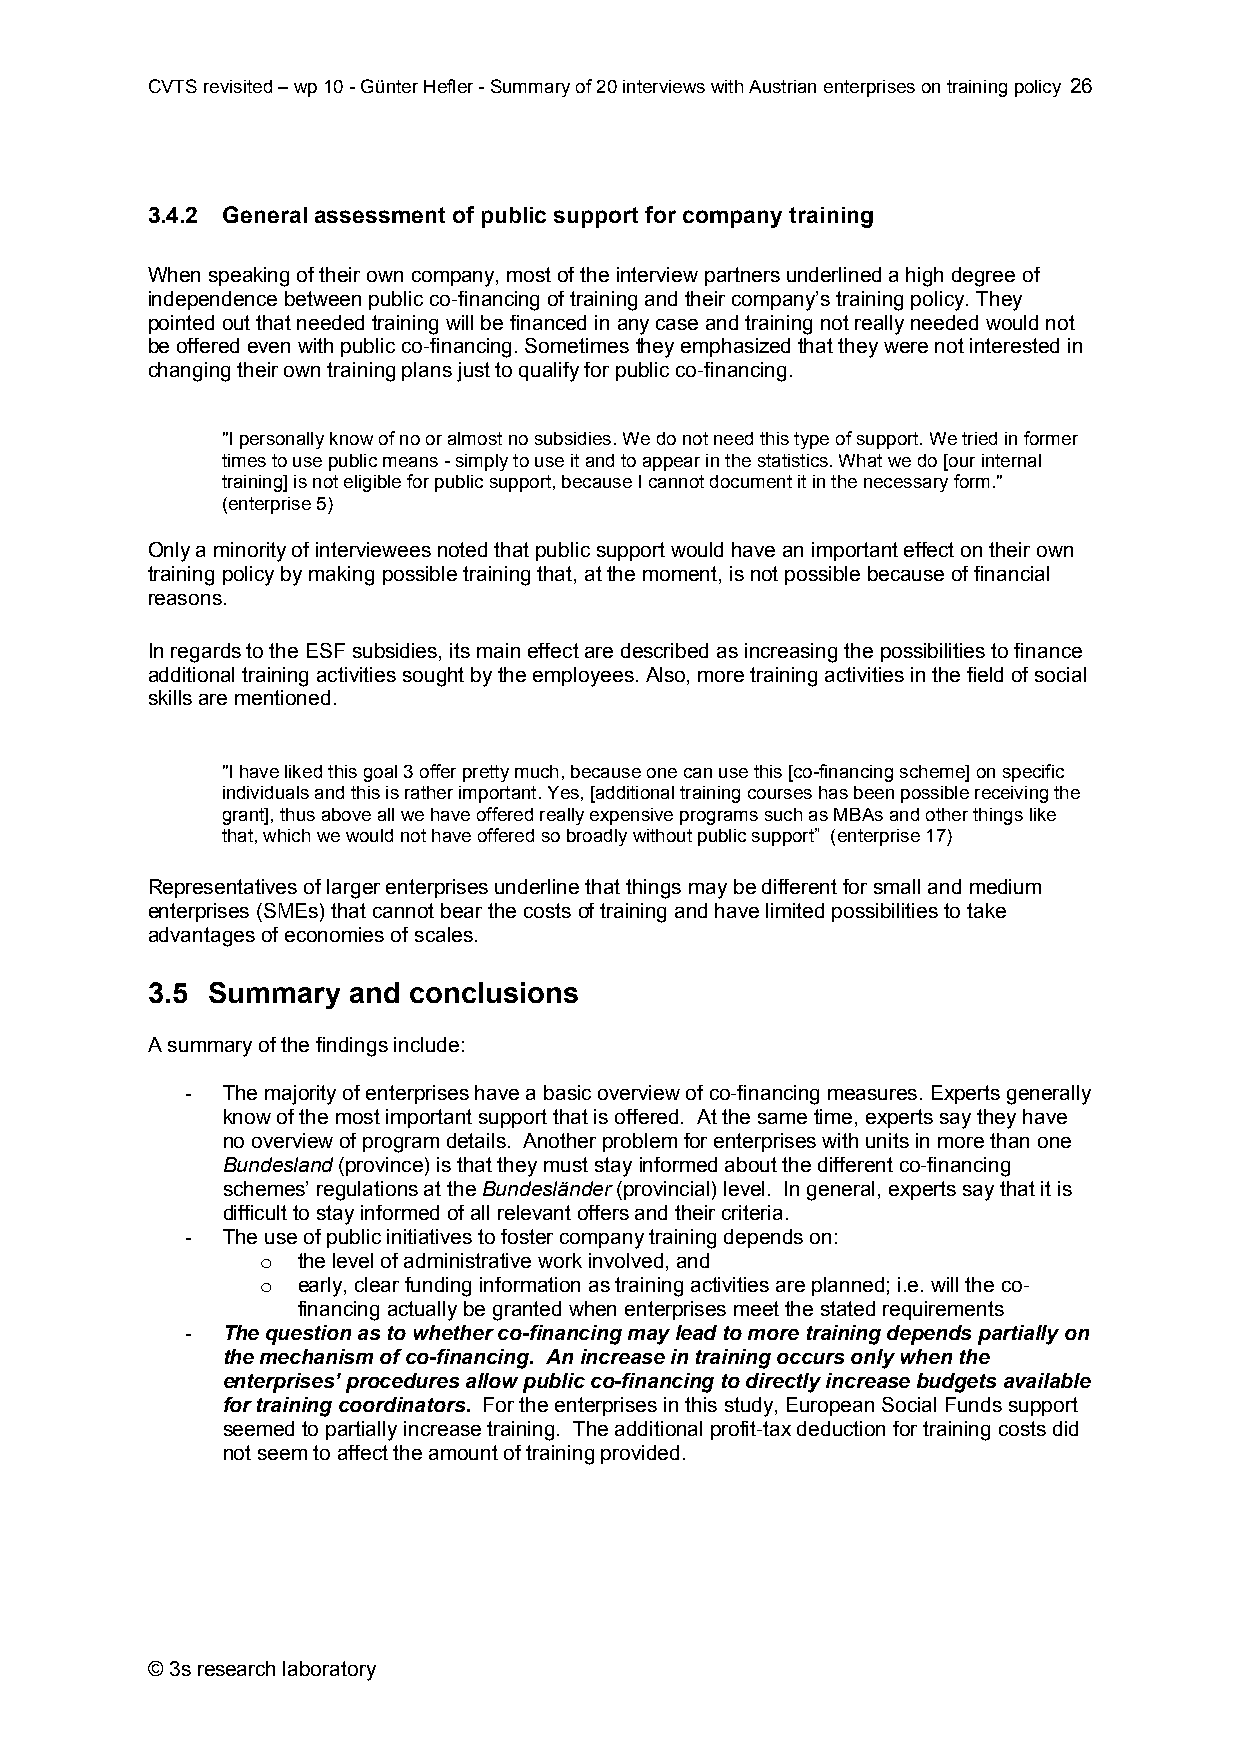
CVTS revisited – wp 10 - Günter Hefler - Summary of 20 interviews with Austrian enterprises on training policy 26
 3.4.2 General assessment of public support for company training
 When speaking of their own company, most of the interview partners underlined a high degree of
 independence between public co-financing of training and their company’s training policy. They
 pointed out that needed training will be financed in any case and training not really needed would not
 be offered even with public co-financing. Sometimes they emphasized that they were not interested in
 changing their own training plans just to qualify for public co-financing.
 "I personally know of no or almost no subsidies. We do not need this type of support. We tried in former
 times to use public means - simply to use it and to appear in the statistics. What we do [our internal
 training] is not eligible for public support, because I cannot document it in the necessary form."
 (enterprise 5)
 Only a minority of interviewees noted that public support would have an important effect on their own
 training policy by making possible training that, at the moment, is not possible because of financial
 reasons.
 In regards to the ESF subsidies, its main effect are described as increasing the possibilities to finance
 additional training activities sought by the employees. Also, more training activities in the field of social
 skills are mentioned.
 "I have liked this goal 3 offer pretty much, because one can use this [co-financing scheme] on specific
 individuals and this is rather important. Yes, [additional training courses has been possible receiving the
 grant], thus above all we have offered really expensive programs such as MBAs and other things like
 that, which we would not have offered so broadly without public support” (enterprise 17)
 Representatives of larger enterprises underline that things may be different for small and medium
 enterprises (SMEs) that cannot bear the costs of training and have limited possibilities to take
 advantages of economies of scales.
 3.5 Summary  and conclusions
 A summary of the findings include:
 -  The majority of enterprises have a basic overview of co-financing measures. Experts generally
 know of the most important support that is offered. At the same time, experts say they have
 no overview of program details. Another problem for enterprises with units in more than one
 Bundesland (province) is that they must stay informed about the different co-financing
 schemes’ regulations at the Bundesländer (provincial) level. In general, experts say that it is
 difficult to stay informed of all relevant offers and their criteria.
 -  The use of public initiatives to foster company training depends on:
 o  the level of administrative work involved, and
 o  early, clear funding information as training activities are planned; i.e. will the co-
 financing actually be granted when enterprises meet the stated requirements
 -  The question as to whether co-financing may lead to more training depends partially on
 the mechanism of co-financing. An increase in training occurs only when the
 enterprises’ procedures allow public co-financing to directly increase budgets available
 for training coordinators. For the enterprises in this study, European Social Funds support
 seemed to partially increase training. The additional profit-tax deduction for training costs did
 not seem to affect the amount of training provided.
 © 3s research laboratory